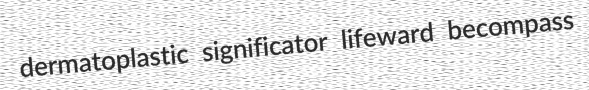
dermatoplastic significator lifeward becompass